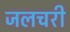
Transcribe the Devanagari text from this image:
जलचरी